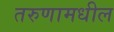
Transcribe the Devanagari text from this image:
तरुणामधील